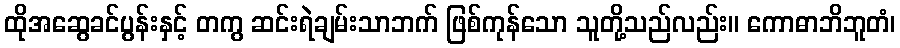
ထိုအဆွေခင်ပွန်းနှင့် တကွ ဆင်းရဲချမ်းသာဘက် ဖြစ်ကုန်သော သူတို့သည်လည်း။ ကောဓာဘိဘူတံ၊